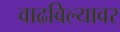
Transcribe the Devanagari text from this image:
वाढविल्यावर